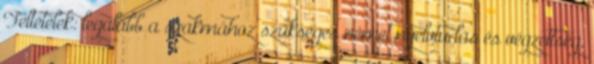
Feltételek: legalább a szakmához szükséges német nyelvtudás és végzettség,